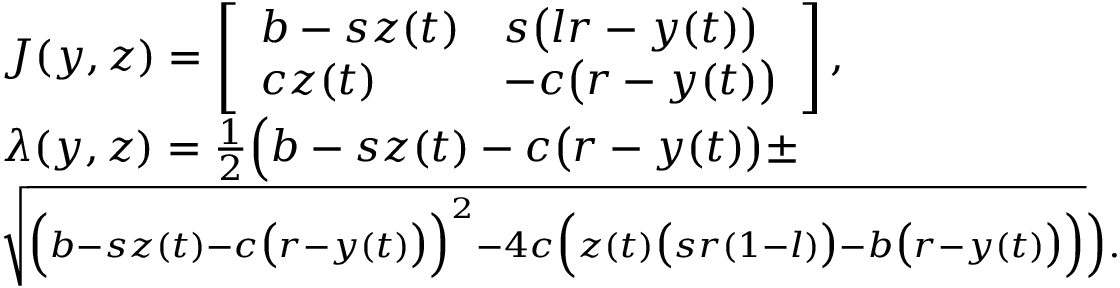
\begin{array} { r l } & { \boldsymbol { J } ( y , z ) = \left[ \begin{array} { l l } { b - s z ( t ) } & { s \big ( l r - y ( t ) \big ) } \\ { c z ( t ) } & { - c \big ( r - y ( t ) \big ) } \end{array} \right] , } \\ & { \lambda ( y , z ) = \frac { 1 } { 2 } \Big ( b - s z ( t ) - c \big ( r - y ( t ) \big ) \pm } \\ & { \scriptstyle \sqrt { \Big ( b - s z ( t ) - c \big ( r - y ( t ) \big ) \Big ) ^ { 2 } - 4 c \Big ( z ( t ) \big ( s r ( 1 - l ) \big ) - b \big ( r - y ( t ) \big ) \Big ) } \Big ) . } \end{array}